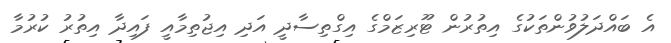
އެ ބައްދަލުވުންތަކުގެ އިތުރުން ޓޫރިޒަމްގެ އިގްތިސާދީ އަދި އިޖުތިމާއީ ފައިދާ އިތުރު ކުރުމާ